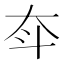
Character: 𡗴